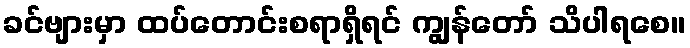
ခင်ဗျားမှာ ထပ်တောင်းစရာရှိရင် ကျွန်တော် သိပါရစေ။